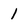
Character: 1